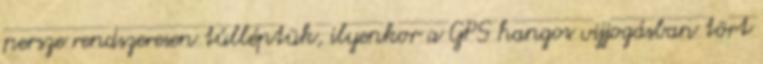
persze rendszeresen túlléptük, ilyenkor a GPS hangos vijjogásban tört